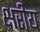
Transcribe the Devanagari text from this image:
क्षरीय